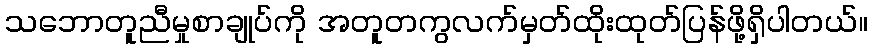
သဘောတူညီမှုစာချုပ်ကို အတူတကွလက်မှတ်ထိုးထုတ်ပြန်ဖို့ရှိပါတယ်။